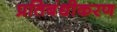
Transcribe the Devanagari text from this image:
प्रतिबंधीकरण